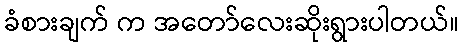
ခံစားချက် က အတော်လေးဆိုးရွားပါတယ်။